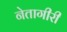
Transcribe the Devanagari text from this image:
नेतागीरी